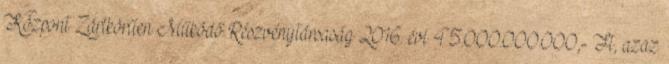
Központ Zártkörűen Működő Részvénytársaság 2016. évi 45.000.000.000,- Ft, azaz